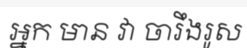
អ្នក មាន វា ចារឹងរូស